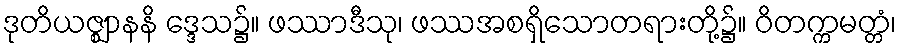
ဒုတိယဇ္ဈာနနိ ဒ္ဒေသ၌။ ဖဿာဒီသု၊ ဖဿအစရှိသောတရားတို့၌။ ဝိတက္ကမတ္တံ၊